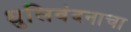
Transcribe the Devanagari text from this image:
धुलिवंदनाचा